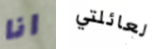
انا لعائلتي